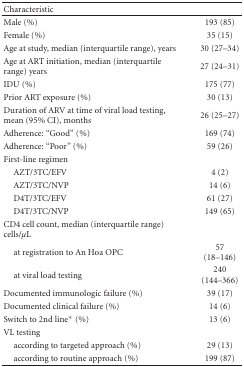
| Characteristic |  |
 | --- | --- |
 | Male (%) | 193 (85) |
 | Female (%) | 35 (15) |
 | Age at study, median (interquartile range), years | 30 (27–34) |
 | Age at ART initiation, median (interquartile range) years | 27 (24–31) |
 | IDU (%) | 175 (77) |
 | Prior ART exposure (%) | 30 (13) |
 | Duration of ARV at time of viral load testing, mean (95% CI), months | 26 (25–27) |
 | Adherence: “Good” (%) | 169 (74) |
 | Adherence: “Poor” (%) | 59 (26) |
 | First-line regimen |  |
 | AZT/3TC/EFV | 4 (2) |
 | AZT/3TC/NVP | 14 (6) |
 | D4T/3TC/EFV | 61 (27) |
 | D4T/3TC/NVP | 149 (65) |
 | CD4 cell count, median (interquartile range) cells/μL |  |
 | at registration to An Hoa OPC | 57 (18–146) |
 | at viral load testing | 240 (144–366) |
 | Documented immunologic failure (%) | 39 (17) |
 | Documented clinical failure (%) | 14 (6) |
 | Switch to 2nd line* (%) | 13 (6) |
 | VL testing |  |
 | according to targeted approach (%) | 29 (13) |
 | according to routine approach (%) | 199 (87) |